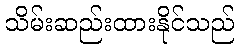
သိမ်းဆည်းထားနိုင်သည်